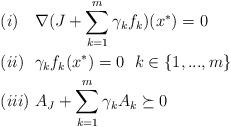
LaTeX: \begin{align*} &(i)\ \ \ \nabla(J+\sum\limits_{k=1}^m\gamma_k f_k)(x^*)=0\\ &(ii)\ \ \gamma_kf_k(x^*)=0\ \ k\in\{1,...,m\}\\ &(iii)\ A_J+\sum\limits_{k=1}^m\gamma_kA_k\succeq0 \end{align*}